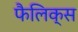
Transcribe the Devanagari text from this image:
फैलिक्स